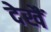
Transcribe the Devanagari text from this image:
देखैं